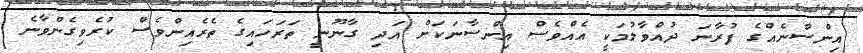
އިންސާނެއްގެ ފުރާނަ ދުއްވާލުމަކީ އެއްވެސް އިންސާނަކަށް އަދި ގާނޫނީ ތަރަހައިގެ ތެރެއިންވެސް ކުރެވިގެންވާނެ